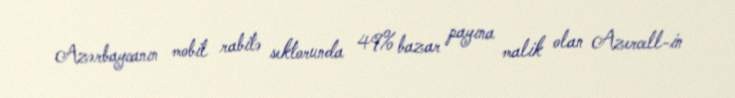
Azərbaycanın mobil rabitə sektorunda 49% bazar payına malik olan Azercell-in